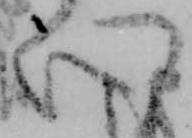
心